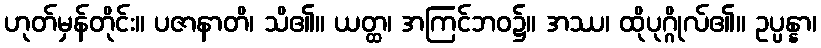
ဟုတ်မှန်တိုင်း။ ပဇာနာတိ၊ သိ၏။ ယတ္ထ၊ အကြင်ဘဝ၌။ အဿ၊ ထိုပုဂ္ဂိုလ်၏။ ဥပ္ပန္နာ၊